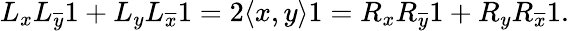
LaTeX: \begin{array}{r}{L_{x}L_{\overline{{y}}}1+L_{y}L_{\overline{{x}}}1=2\langle x,y\rangle 1=R_{x}R_{\overline{{y}}}1+R_{y}R_{\overline{{x}}}1.}\end{array}